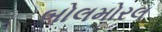
બોલમોરલ